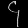
Digit: ၄